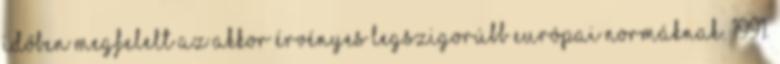
időben megfelelt az akkor érvényes legszigorúbb európai normáknak. 1991.